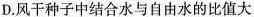
D.风干种子中结合水与自由水的比值大